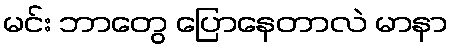
မင်း ဘာတွေ ပြောနေတာလဲ မာနာ